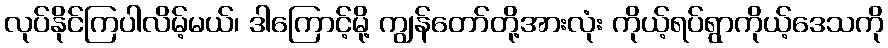
လုပ်နိုင်ကြပါလိမ့်မယ်၊ ဒါကြောင့်မို့ ကျွန်တော်တို့အားလုံး ကိုယ့်ရပ်ရွာကိုယ့်ဒေသကို